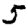
Digit: 5